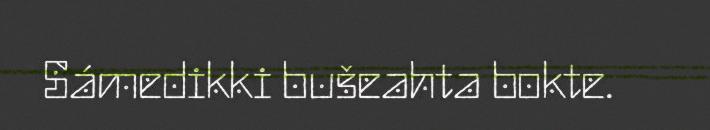
Sámedikki bušeahta bokte.